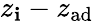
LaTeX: z_{\mathbf{i}}-z_{\mathrm{{ad}}}